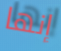
إنها